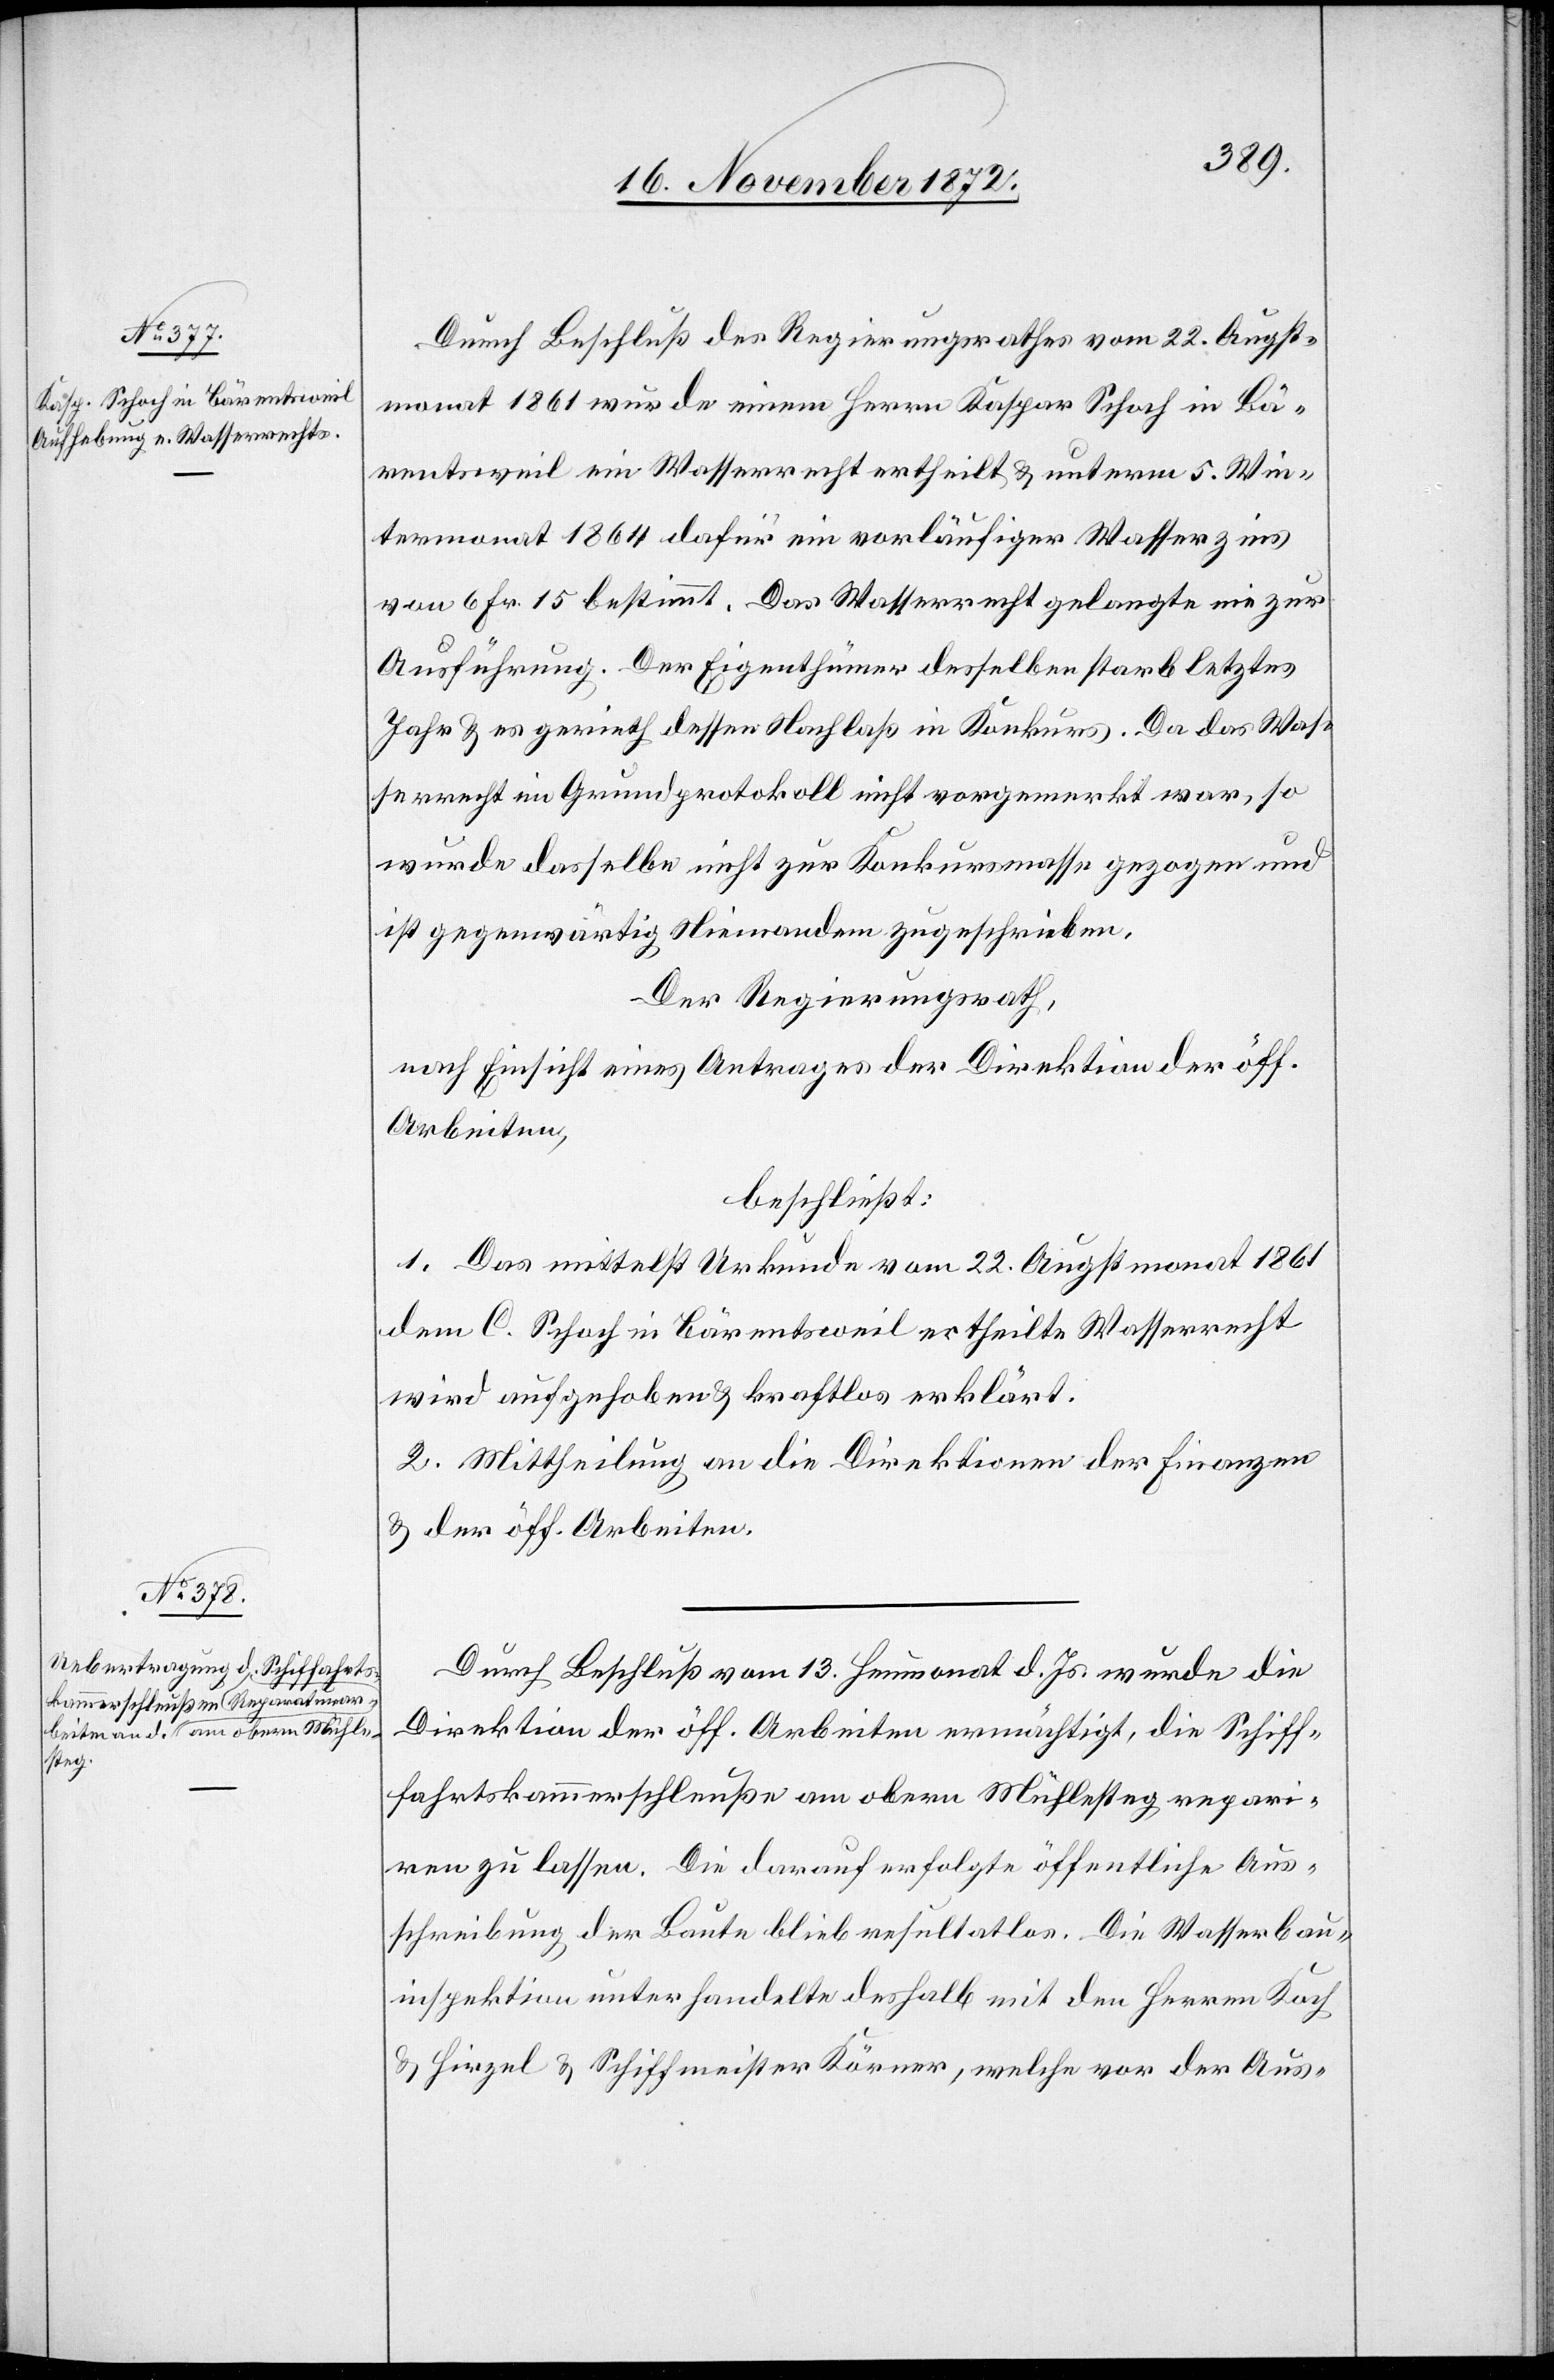
Durch Beschluß des Regierungsrathes vom 22. Augst¬
monat 1861 wurde einem Herrn Kaspar Schoch in Bä¬
rentsweil ein Wasserrecht ertheilt u. unterm 5. Win¬
termonat 1864 dafür ein vorläufiger Wasserzins
von 6 Fr. 15 bestimmt. Das Wasserrecht gelangte nie zur
Ausführung. Der Eigenthümer desselben starb letztes
Jahr u. es gerieth dessen Nachlaß in Konkurs. Da das Was¬
serrecht im Grundprotokoll nicht vorgemerkt war, so
wurde dasselbe nicht zur Konkursmasse gezogen und
ist gegenwärtig Niemandem zugeschrieben.
Der Regierungsrath,
nach Einsicht eines Antrages der Direktion der öff.
Arbeiten,
beschließt:
1. Das mittelst Urkunde vom 22. Augstmonat 1861
dem C. Schoch in Bärentsweil ertheilte Wasserrecht
wird aufgehoben u. kraftlos erklärt.
2. Mittheilung an die Direktionen der Finanzen
u. der öff. Arbeiten.
Durch Beschluß vom Heumonat d. Js. wurde die
Direktion der öff. Arbeiten ermächtigt, die Schiff¬
fahrtskammerschleuße am obern Mühlesteg repari¬
ren zu lassen. Die darauf erfolgte öffentliche Aus¬
schreibung der Baute blieb resultatlos. Die Wasserbau¬
inspektion unterhandelte deshalb mit den Herren Koch
u. Hirzel u. Schiffmeister Körner, welche vor der Aus-